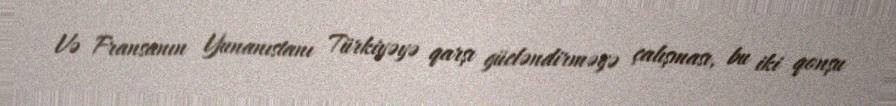
Və Fransanın Yunanıstanı Türkiyəyə qarşı gücləndirməyə çalışması, bu iki qonşu